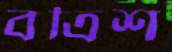
বত্রিশ